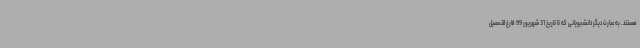
هستند. به عبارت دیگر دانشجویانی که تا تاریخ 31 شهریور 99 فارغ التحصیل